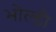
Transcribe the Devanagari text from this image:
भोल्डी